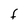
Character: F